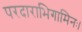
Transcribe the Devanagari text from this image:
परदाराभिगामिनः।